Scottish Leaving Certificate Examination, 1957
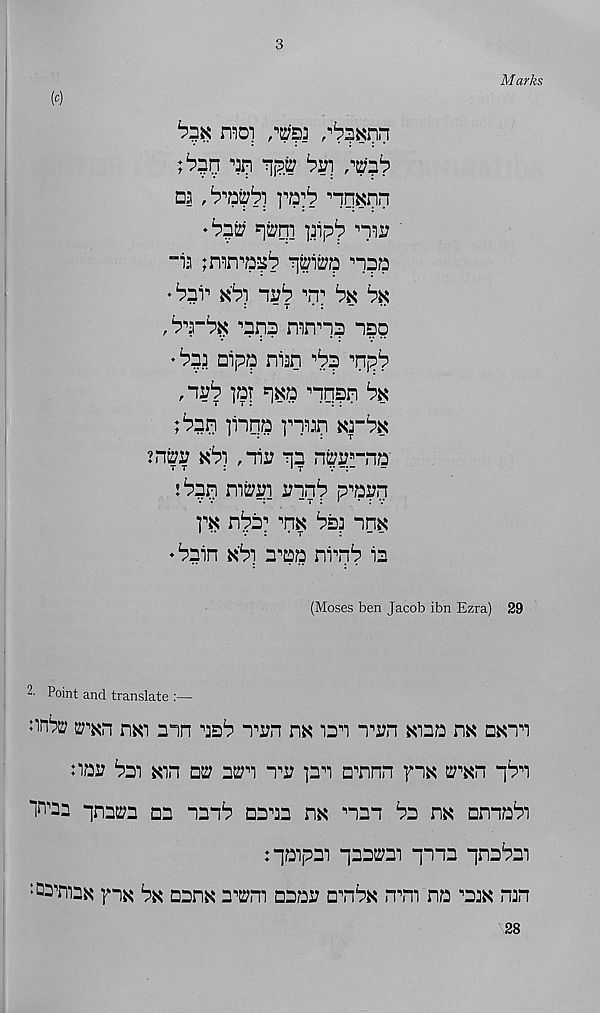
3
Marks
mo]
Da r^QV 1 ?) IV' 1 ? ^HKnn
00 ^qi )3ip^ nir
“i3 jirm^ q^i^a naa
00 0) 10
b$ 0
, 00$ ^q? mnn? iso
♦ |o3 oipq ni^n 0? '10
,10 ]qr q^o •’iqqn b$
02i ]i“iqa nijq xrb$
ii0j $0 ,irj qp npprno
00 mfriq rqn 1 ?
]'$ 00 ■’HK ^D3 im
♦boin
o^o nrq^ is
(Moses ben Jacob ibn Ezra) 29
2' Point and translate :—
nnbo tran mi mn 10 Ti?n m isi i^n xioo m nun
noi: ^oi Kin 02; o^n i'u pn o^nnn yia, 2; , ’Kn q^n
qnasra on nan^ oaaa hk nan ba hk anno^i
: qoipai qaaem qnna qna^ai
: Q2maK yi$ 0 nana a^m oaaa D'lba, nm no niK nan
28